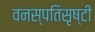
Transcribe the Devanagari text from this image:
वनस्पतिसृष्टी